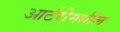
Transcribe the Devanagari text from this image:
आर्टरीमधील